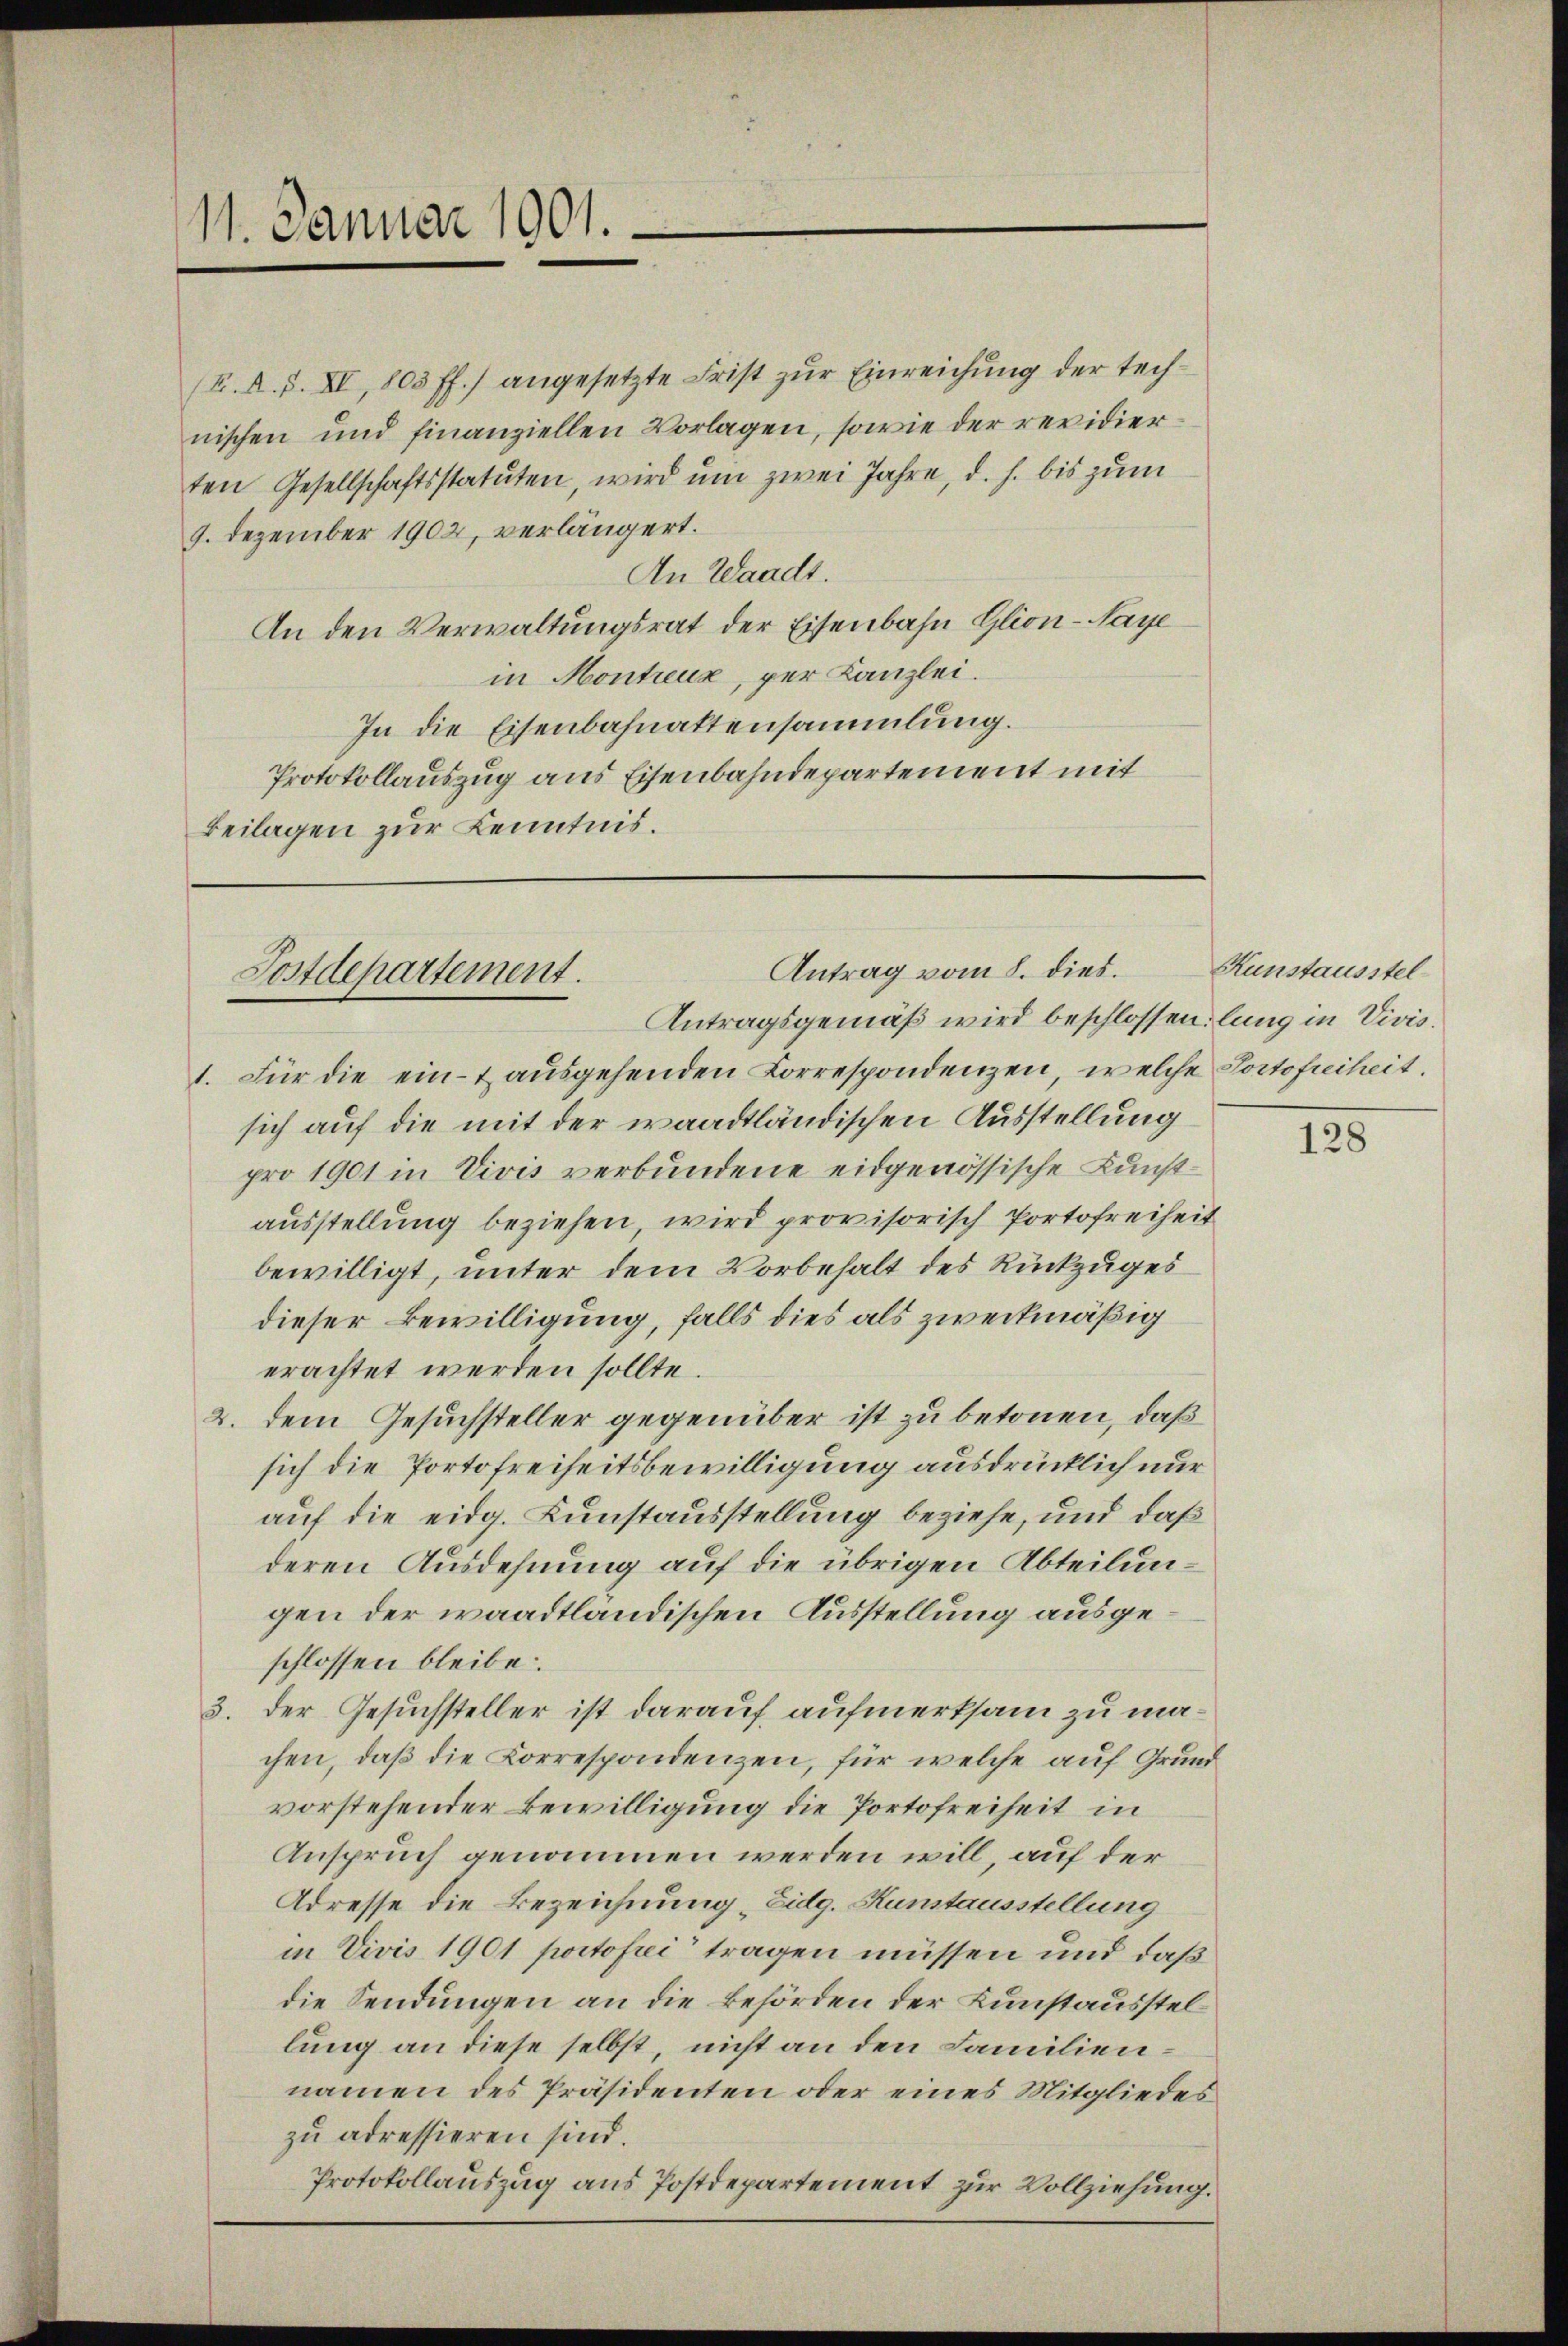
11. Januar 1901.

(F. A. S. XI, 803 ff.) angesetzte Frist zur Einreichung der technischen und finanziellen Vorlagen, sowie der revidierten Gesellschaftsstatuten, wird um zwei Jahre, d. h. bis zum
9. Dezember 1902, verlängert.
An Waadt.
An den Verwaltungsrat der Eisenbahn Glion-Naye
in Montreux, per Kanzlei.
In die Eisenbahnattensammlung.
Protokollauszug aus Eisenbahndepartement mit
Beilagen zur Kenntnis.

Antrag vom 8. dies.
Postdepartement.
Antragsgemäß wird beschlossen, lung in Vivis.

1. Für die ein- & ausgehenden Korrespondenzen, welche Portofreiheit.
sich auf die mit der waadtländischen Ausstellung
pro 1901 in Vivis verbundene eidgenössische Kunstausstellung beziehen, wird provisorisch Portofreiheit
bewilligt, unter dem Vorbehalt des Rückzuges
dieser Bewilligung, falls dies als zweckmäßig
erachtet werden sollte.
2. dem Gesuchsteller gegenüber ist zu betonen, daß
sich die Portofreiheitsbewilligung ausdrücklich nur
auf die eidg. Kunstausstellung beziehe, und daß
deren Ausdehnung auf die übrigen Abteilungen der waadtländischen Ausstellung ausgeschlossen bleibe.
3. Der Gesuchsteller ist darauf aufmerksam zu machen, daß die Korrespondenzen, für welche auf Grund
vorstehender Bewilligung die Portofreiheit in
Anspruch genommen werden will, auf der
Adresse die Bezeichnung „Eidg. Kunstausstellung
in Vivis 1901 portofrei tragen müssen und daß
die Sendungen an die Behörden der Kunstausstel
lung an diese selbst, nicht an den Familiennamen des Präsidenten oder eines Mitgliedes
zu adressieren sind.
Protokollauszug aus Postdepartement zur Vollziehung.

Kunstausstel¬

128